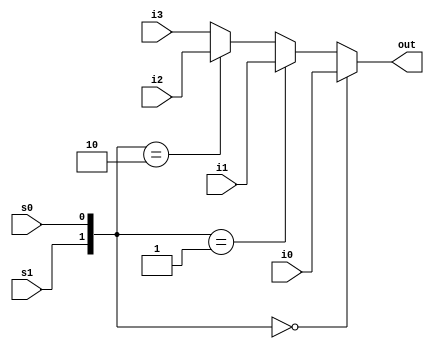
`timescale 1ns / 1ps
module mux4_to_1(out,i0,i1,i2,i3,s0,s1);
    input i0,i1,i2,i3,s0,s1;
    output reg out;
    always @(*)
    begin
    if({s1,s0}==2'd0)
        out=i0;
    else if({s1,s0}==2'd1)
        out=i1;
    else if({s1,s0}==2'd2)
        out=i2;
    else
        out=i3;
    end
endmodule